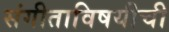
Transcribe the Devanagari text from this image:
संगीताविषयीची